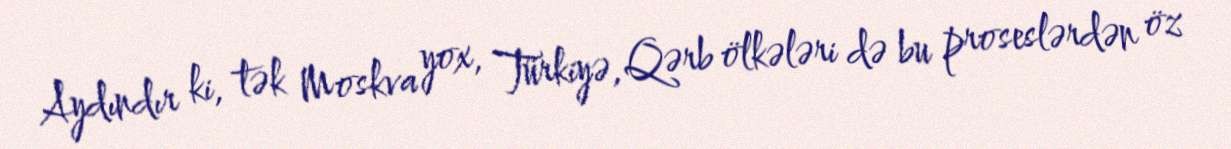
Aydındır ki, tək Moskva yox, Türkiyə, Qərb ölkələri də bu proseslərdən öz